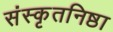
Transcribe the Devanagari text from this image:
संस्कृतनिष्ठा